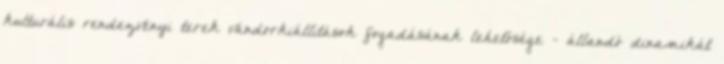
kulturális rendezvényi terek vándorkiállítások fogadásának lehetősége - állandó dinamikát